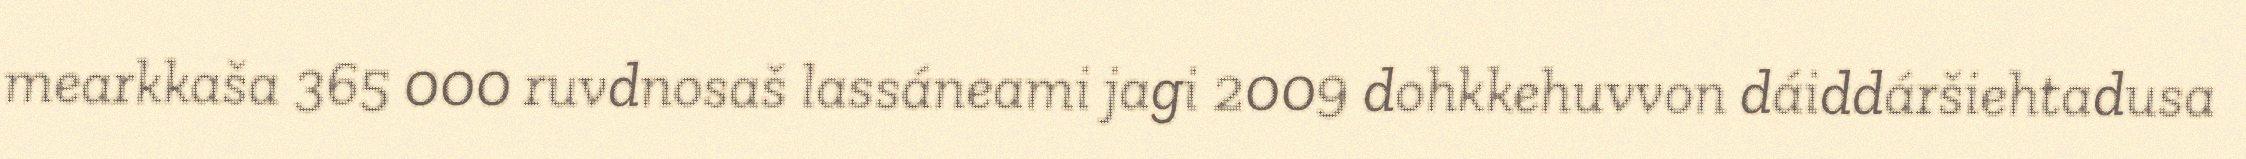
mearkkaša 365 000 ruvdnosaš lassáneami jagi 2009 dohkkehuvvon dáiddáršiehtadusa